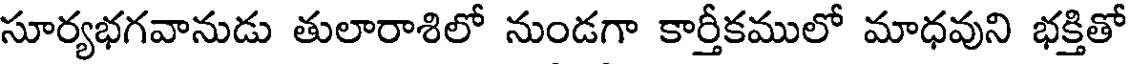
సూర్యభగవానుడు తులారాశిలో నుండగా కార్తీకములో మాధవుని భక్తితో